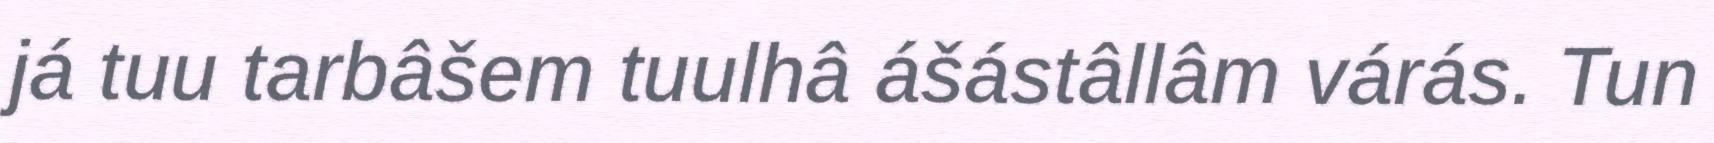
já tuu tarbâšem tuulhâ ášástâllâm várás. Tun